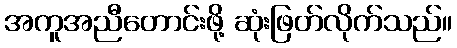
အကူအညီတောင်းဖို့ ဆုံးဖြတ်လိုက်သည်။